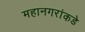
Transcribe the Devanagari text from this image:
महानगरांकडे